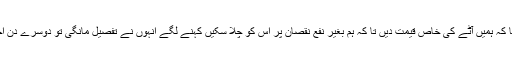
سستی روٹی کے تندور شروع کئے تو بتانے لگے میں نے شہباز شریف کو فون کیا کہ ہمیں آٹے کی خاص قیمت دیں تا کہ ہم بغیر نفع نقصان پر اس کو چلا سکیں کہنے لگے انہوں نے تفصیل مانگی تو دوسرے دن اخبارات میں خبریں آ گئیں کہ پنجاب حکومت سستی روٹی تندور شروع کر رہی ہے۔